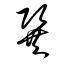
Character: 巽